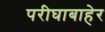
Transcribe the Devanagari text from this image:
परीघाबाहेर